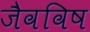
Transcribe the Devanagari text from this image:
जैवविष